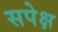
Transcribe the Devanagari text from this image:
सपेक्ष